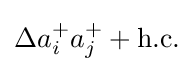
\Delta a_{i}^{+}a_{j}^{+}+{\text{h.c.}}